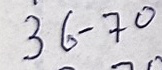
36 - 70